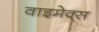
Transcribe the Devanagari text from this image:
वाइमेक्स